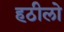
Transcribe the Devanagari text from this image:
हठीलो